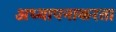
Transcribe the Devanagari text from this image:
अध्यापनाकरता